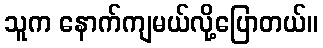
သူက နောက်ကျမယ်လို့ပြောတယ်။